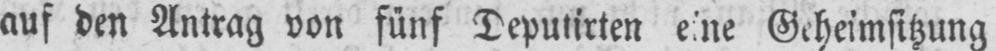
auf den Antrag von fünf Deputirten eine Geheimsitzung